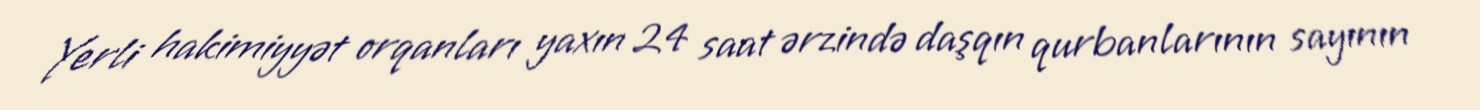
Yerli hakimiyyət orqanları yaxın 24 saat ərzində daşqın qurbanlarının sayının